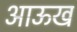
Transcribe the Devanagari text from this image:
आऊख